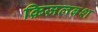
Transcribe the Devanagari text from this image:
क़िज़लबश